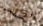
الكثير